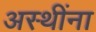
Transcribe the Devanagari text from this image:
अस्थींना